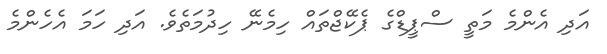
އަދި އެންމެ މަތީ ސްޕީޑްގެ ޕެކޭޖްތައް ހިމެނޭ ހިދުމަތެވެ. އަދި ހަމަ އެހެންމެ